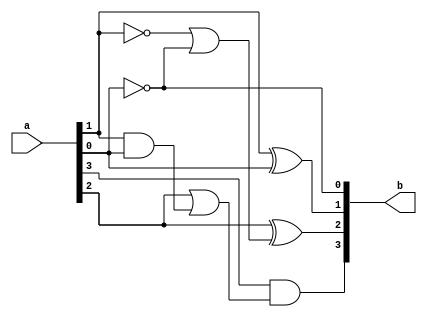
module excess3tobcd(b, a);
	input [3:0] a;
	output [3:0] b;
	assign b[0] = ~a[0];
	xor(b[1], a[1], a[0]);
	xor(b[2], a[2], (~a[1]|b[0]));
	and(b[3], a[3], (a[2]|(a[1]&a[0])));
endmodule
module excess3bcd_stimulus;
	reg [3:0] a;
	wire [3:0] b;
	excess3tobcd bcd(b, a);
	initial
	begin
	    a = 4'b0011;
	#50 a = 4'b0100;
	#50 a = 4'b0101;
	#50 a = 4'b0110;
	#50 a = 4'b0111;
	#50 a = 4'b1000;
	#50 a = 4'b1001;
	#50 a = 4'b1010;
	#50 a = 4'b1011;
	#50 a = 4'b1100;
	#50 $finish;
	end
endmodule